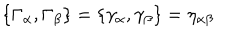
\{ \Gamma _ { \alpha } , \Gamma _ { \beta } \} = \{ \gamma _ { \alpha } , \gamma _ { \beta } \} = \eta _ { \alpha \beta }